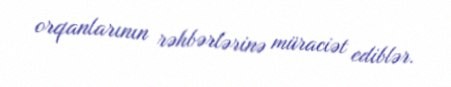
orqanlarının rəhbərlərinə müraciət ediblər.